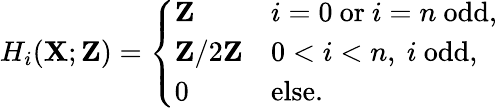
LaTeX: H_{i}(\mathbf{X};\mathbf{{Z}})={\left\{ \begin{array}{ll}{\mathbf{Z}}&{i=0{\mathrm{~or~}}i=n{\mathrm{~odd,}}}\\ {\mathbf{Z}/2\mathbf{Z}}&{0<i<n,\ i\ {\mathrm{odd,}}}\\ {0}&{{\mathrm{else.}}}\end{array}\right.}